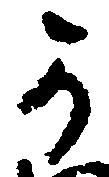
可